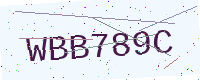
Text: WBB789C